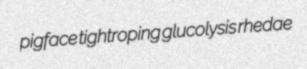
pigface tightroping glucolysis rhedae